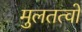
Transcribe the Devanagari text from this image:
मुलतत्वो